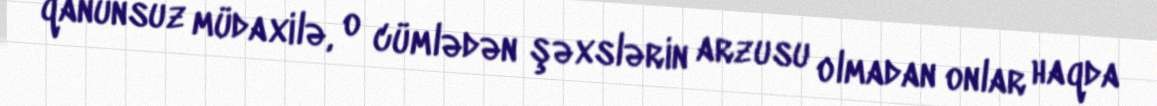
qanunsuz müdaxilə, o cümlədən şəxslərin arzusu olmadan onlar haqda